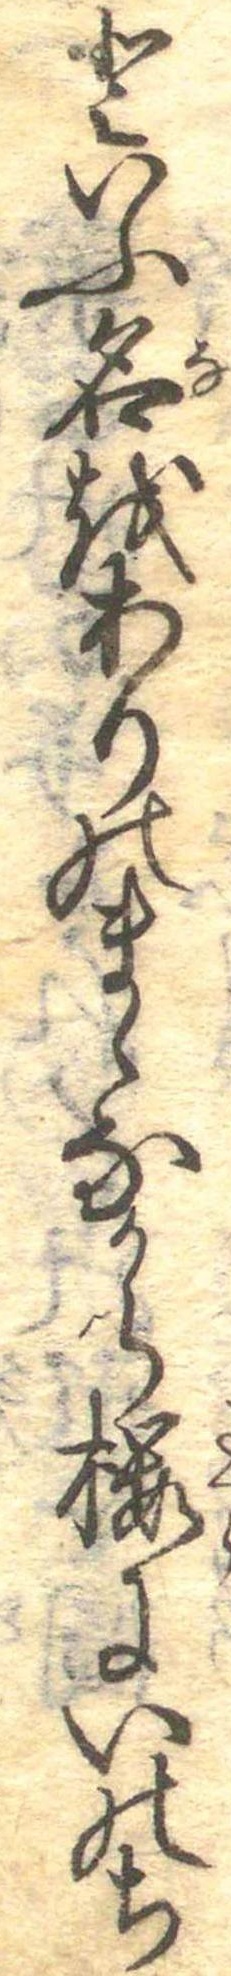
といふ名をありのまゝなから桜にいのち